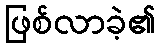
ဖြစ်လာခဲ့၏